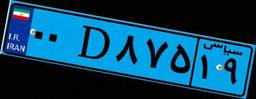
۰۰D۸۷۵۱۹